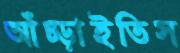
আঁচ্‌ড়াইতিস